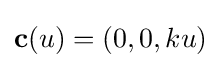
\mathbf {c} (u)=(0,0,ku)